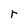
Character: r